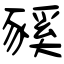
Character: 豯